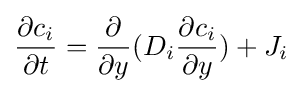
{\partial c_{i} \over \partial t}={\partial  \over \partial y}(D_{i}{\partial c_{i} \over \partial y})+J_{i}